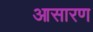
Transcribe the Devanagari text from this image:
आसारण